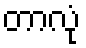
တာလုံ